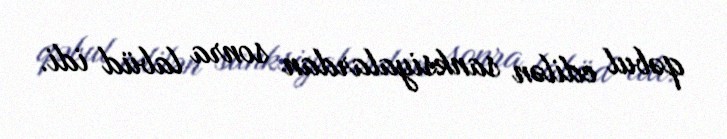
qəbul edilən sanksiyalardan sonra labüd idi.